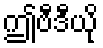
ဤဗီဒီယို